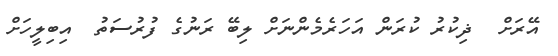
އޭރަށް  ޛިކުރު ކުރަން އަހަރެމެންނަށް ލިބޭ ރަނުގެ ފުރުސަތު  އިބިލީހަށް